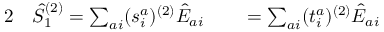
\begin{array} { r l r l } { { 2 } } & { { } \hat { S } _ { 1 } ^ { ( 2 ) } = \sum _ { a i } ( s _ { i } ^ { a } ) ^ { ( 2 ) } \hat { E } _ { a i } } & { } & { { } = \sum _ { a i } ( t _ { i } ^ { a } ) ^ { ( 2 ) } \hat { E } _ { a i } } \end{array}